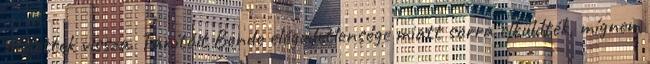
üthettek vissza. Tanítóit Bende elégedetlensége miatt sorra elküldték, mígnem